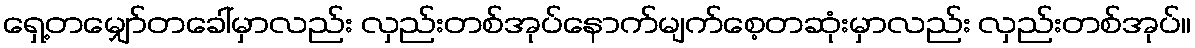
ရှေ့တမျှော်တခေါ်မှာလည်း လှည်းတစ်အုပ်နောက်မျက်စေ့တဆုံးမှာလည်း လှည်းတစ်အုပ်။